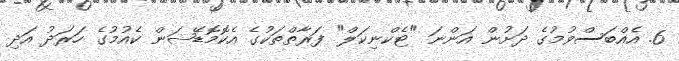
6. އެއްބަސްވުމުގެ ދަށުން އަންނަ "ޓެކްނިކަލް" ފަރާތްތަކުގެ އެކޮމޮޑޭޝަން ކެއުމުގެ ހަރަދު އަދި